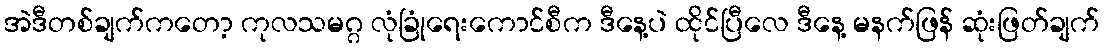
အဲဒီတစ်ချက်ကတော့ ကုလသမဂ္ဂ လုံခြုံရေးကောင်စီက ဒီနေ့ပဲ ထိုင်ပြီလေ ဒီနေ့ မနက်ဖြန် ဆုံးဖြတ်ချက်